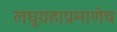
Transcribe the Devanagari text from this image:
लघुग्रहाप्रमाणेच